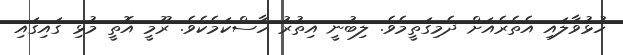
ހުޅުވާލައި އެތެރެއަށް ދެމިގަތީމެވެ. ލިބުނީ އިތުރު ހާސްކަމެކެވެ. ރޫމީ އޮތީ މުޅި ގައިގައި